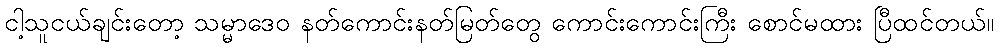
ငါ့သူငယ်ချင်းတော့ သမ္မာဒေဝ နတ်ကောင်းနတ်မြတ်တွေ ကောင်းကောင်းကြီး စောင်မထား ပြီထင်တယ်။